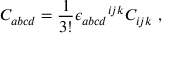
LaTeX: C _ { a b c d } = \frac { 1 } { 3 ! } { \epsilon _ { a b c d } } ^ { i j k } C _ { i j k } ~ ,